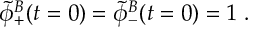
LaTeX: \tilde { \phi } _ { + } ^ { B } ( t = 0 ) = \tilde { \phi } _ { - } ^ { B } ( t = 0 ) = 1 \ .